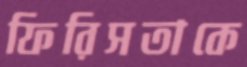
ফিরিসতাকে